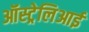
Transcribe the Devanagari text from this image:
ऑस्ट्रेलिआई